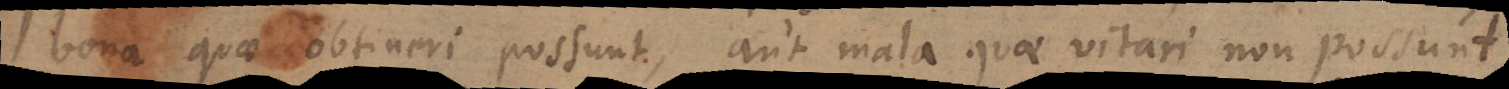
bona quae obtineri possunt, aut mala quae vitari non possunt